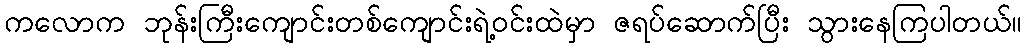
ကလောက ဘုန်းကြီးကျောင်းတစ်ကျောင်းရဲ့ဝင်းထဲမှာ ဇရပ်ဆောက်ပြီး သွားနေကြပါတယ်။